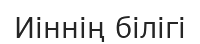
Иіннің білігі